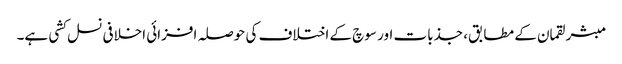
مبشر لقمان کے مطابق، جذبات اور سوچ کے اختلاف کی حوصلہ افزائی اخلافی نسل کشی ہے۔